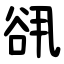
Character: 谻